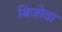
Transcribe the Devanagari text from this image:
बिजोवा